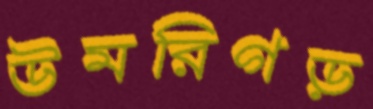
উমরিগড়